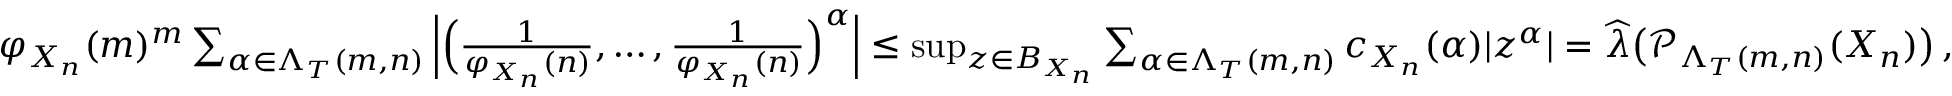
\begin{array} { r } { \varphi _ { X _ { n } } ( m ) ^ { m } \sum _ { \alpha \in \Lambda _ { T } ( m , n ) } \Big | \Big ( \frac { 1 } { \varphi _ { X _ { n } } ( n ) } , \ldots , \frac { 1 } { \varphi _ { X _ { n } } ( n ) } \Big ) ^ { \alpha } \Big | \leq \operatorname* { s u p } _ { z \in B _ { X _ { n } } } \sum _ { \alpha \in \Lambda _ { T } ( m , n ) } c _ { X _ { n } } ( \alpha ) | z ^ { \alpha } | = \widehat { \boldsymbol { \lambda } } \big ( \mathcal { P } _ { \Lambda _ { T } ( m , n ) } ( X _ { n } ) \big ) \, , } \end{array}